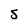
Character: s